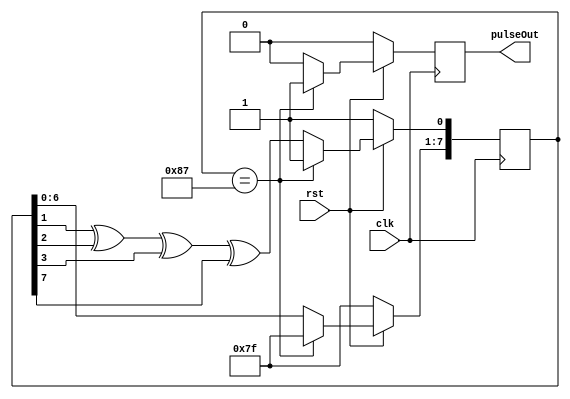

module LFSRTimer_005_ms(clk, rst, pulseOut);
  input clk;
  input rst;
  output pulseOut;

  reg pulse;
  reg [7:0] LFSR;
  wire feedback = LFSR[7];

  always @(posedge clk) begin
    if (rst == 0) begin
      LFSR <= 8'b11111111;
      pulse <= 0;
    end
    else begin
      //8'b11100001 == 250th sequence
      if(LFSR == 8'b10000111) begin
          LFSR <= 8'b11111111;
          pulse <= 1;
      end
      else begin
      LFSR[0] <= LFSR[1] ^ LFSR[2] ^ LFSR[3] ^ LFSR[7];
      LFSR[7:1] <= LFSR[6:0];
        pulse <= 0;
      end
    end

  end

  assign pulseOut = pulse;
endmodule